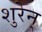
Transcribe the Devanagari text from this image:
शुरेन्